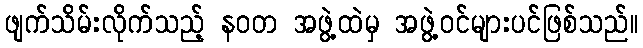
ဖျက်သိမ်းလိုက်သည့် နဝတ အဖွဲ့ထဲမှ အဖွဲ့ဝင်များပင်ဖြစ်သည်။